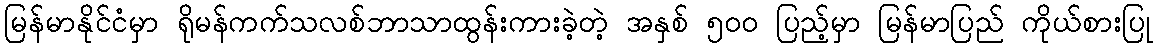
မြန်မာနိုင်ငံမှာ ရိုမန်ကက်သလစ်ဘာသာထွန်းကားခဲ့တဲ့ အနှစ် ၅၀၀ ပြည့်မှာ မြန်မာပြည် ကိုယ်စားပြု